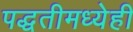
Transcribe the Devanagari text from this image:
पद्धतीमध्येही